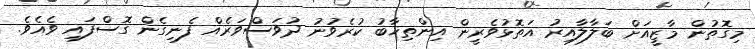
މިގޮތުން މާޒީއަށް ބަލާލާއިރު އަތޮޅުވެރީން އިންތިޚާބު ކުރެވުނު ދުވަސްވަރެއް ފެނިގެން ގޮސްފައި ވެއެވެ.